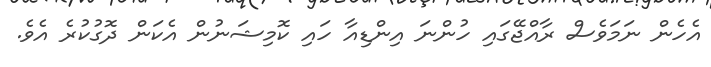
އެހެން ނަމަވެސް ރާއްޖޭގައި ހުންނަ އިންޑިއާ ހައި ކޮމިޝަނުން އެކަން ދޮގުކުރެ އެވެ.